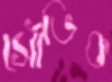
সৌভিক